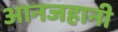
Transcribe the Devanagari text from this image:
आनजहानी